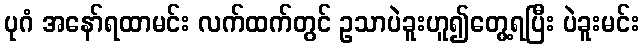
ပုဂံ အနော်ရထာမင်း လက်ထက်တွင် ဥသာပဲခူးဟူ၍တွေ့ရပြီး ပဲခူးမင်း